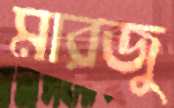
মারজু